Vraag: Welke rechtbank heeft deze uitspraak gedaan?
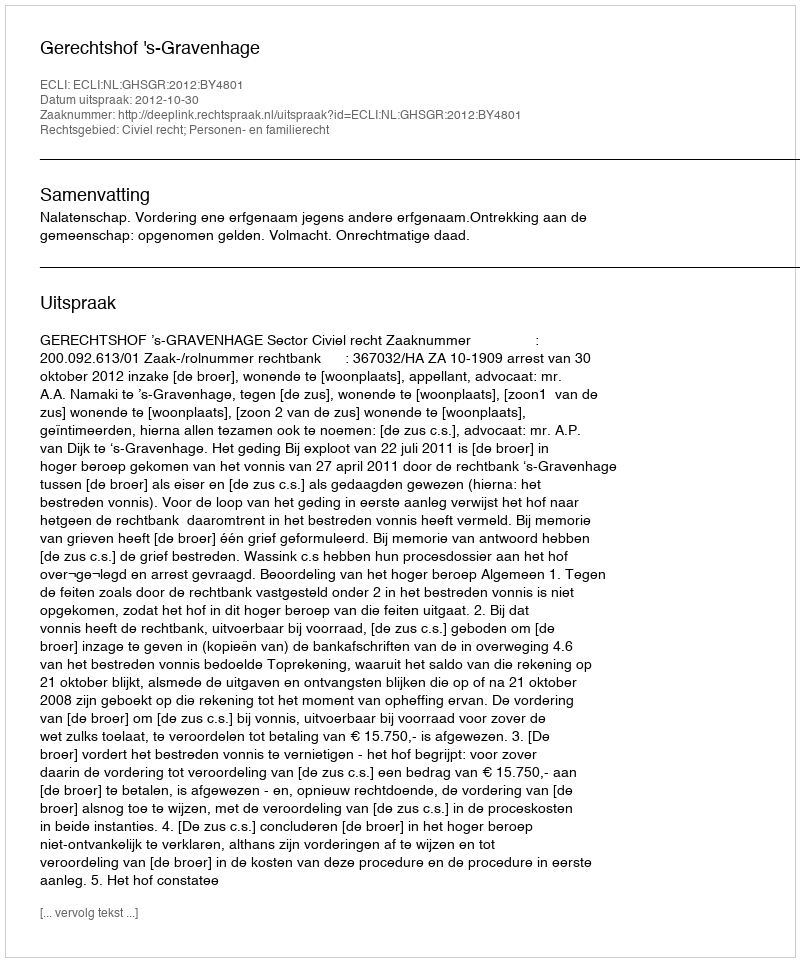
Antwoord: Gerechtshof 's-Gravenhage